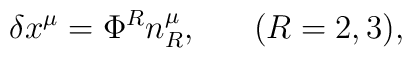
\delta x^\mu=\Phi^R n^\mu_R,\;\;\;\;\;\;(R=2,3),